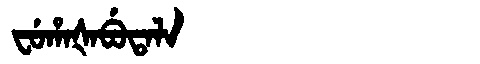
Manchu: ᠸᡠᡥᠠᡧᠠᠪᡠᡨᠠᠯᠠ
Romanization: FUHAŠABUTALA